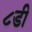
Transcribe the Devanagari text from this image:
८डी